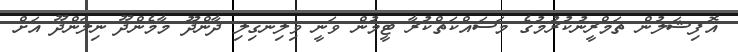
އޮފިޝަލުން ތަމްރީނުކުރުމުގެ މަސައްކަތްކުރާ ޓީމުން ވަނީ ވިލިނގިލި ދާންދޫ މާމެންދޫ ނިލަންދޫ އަށް